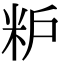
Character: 粐